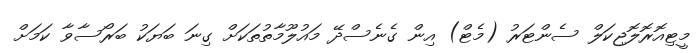
މީޓިއޮރޮލޮޖިކަލް ސެންޓަރު (މެޓް) އިން ގެނެސްދޭ މައުލޫމާތުތަކަށް ގިނަ ބަޔަކު ބަރޯސާވާ ކަމަށް